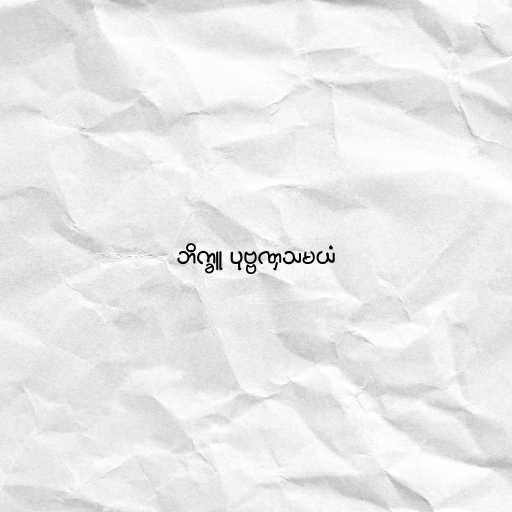
ဘိက္ခူ ပုဗ္ဗဏှသမယံ